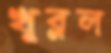
খুব্‌লল